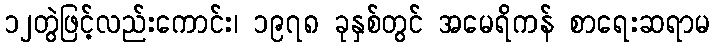
၁၂တွဲဖြင့်လည်းကောင်း၊ ၁၉၇၈ ခုနှစ်တွင် အမေရိကန် စာရေးဆရာမ